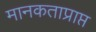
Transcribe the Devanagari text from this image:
मानकताप्राप्त